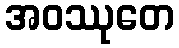
အဝဿုတေ